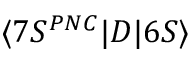
\langle 7 S ^ { P N C } | D | 6 S \rangle